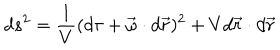
LaTeX: d s ^ { 2 } = \frac { 1 } { V } ( d \tau + \vec { \omega } \cdot d \vec { r } ) ^ { 2 } + V d \vec { r } \cdot d \vec { r }